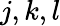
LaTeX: j,k,l